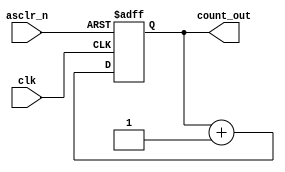
// Zachary Stewart
// ECE 176
// HW #10
// 2-Bit Counter with Asynchronous control
//
//
//	Module:	counter
// Inputs:  clk, asclr_n
//	Outputs: [1:0] reg_out	(2-bit output)
////////////////////////////////////////////////////////////////

//Timescale for simulation
`timescale 1ns / 100ps

//Counter Module
module counter(input clk, asclr_n, output reg [1:0] count_out);
	//Always execute when clock transitions from LOW to HIGH
	//Or, always execute when Asynchronous Clear transitions from
	//HIGH to LOW
	always @ (posedge clk, negedge asclr_n)
		begin
			//If Asynchronous Clear (Active LOW)
			if(asclr_n == 1'b0)
				begin
					//Reset count to zero
					count_out <= 2'b00;
				end
			else
				begin
					//Else, Increment count by one
					count_out <= count_out + 1'b1;
				end		
		end
endmodule